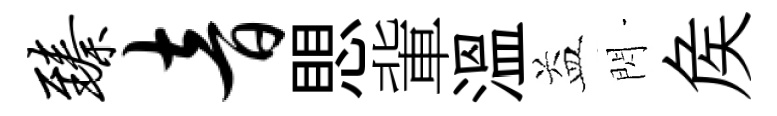
臻音愳軰溫益閃矦